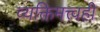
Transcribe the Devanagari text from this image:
व्यक्तिमत्त्वही